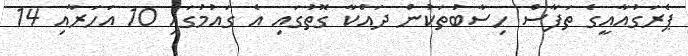
ޕެރަގުއާއީގެ ތަފާސް ހިސާބުތަކުން ދައްކާ ގޮތުގައި އެ ގައުމުގައި 10 އަހަރާއި 14